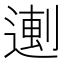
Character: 𬨼